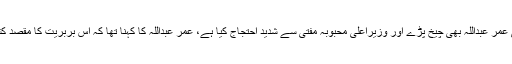
بھارتی فوج کی سفاکیت پر سابق کٹھ پتلی وزیراعلیٰ عمر عبداللہ بھی چیخ پڑے اور وزیراعلیٰ محبوبہ مفتی سے شدید احتجاج کیا ہے، عمر عبداللہ کا کہنا تھا کہ اس بربریت کا مقصد کشمیریوں کو احتجاج سے روکنا ہے جو ناممکن ہے۔